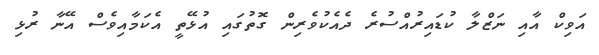
އަވިކް އާއި ނަޒްލާ ކުޑައިރުއްސުރެ ދެއެކުވެރިން ގޮތުގައި އުޅޭތީ އެކަމާއިވެސް އޭނާ ރުޅި